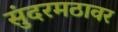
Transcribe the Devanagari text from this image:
सुंदरमठावर